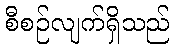
စီစဉ်လျက်ရှိသည်